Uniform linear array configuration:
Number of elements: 12
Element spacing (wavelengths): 0.25
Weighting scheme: cosine
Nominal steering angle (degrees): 15
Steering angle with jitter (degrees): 13.511
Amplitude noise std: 0.05
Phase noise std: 0.05

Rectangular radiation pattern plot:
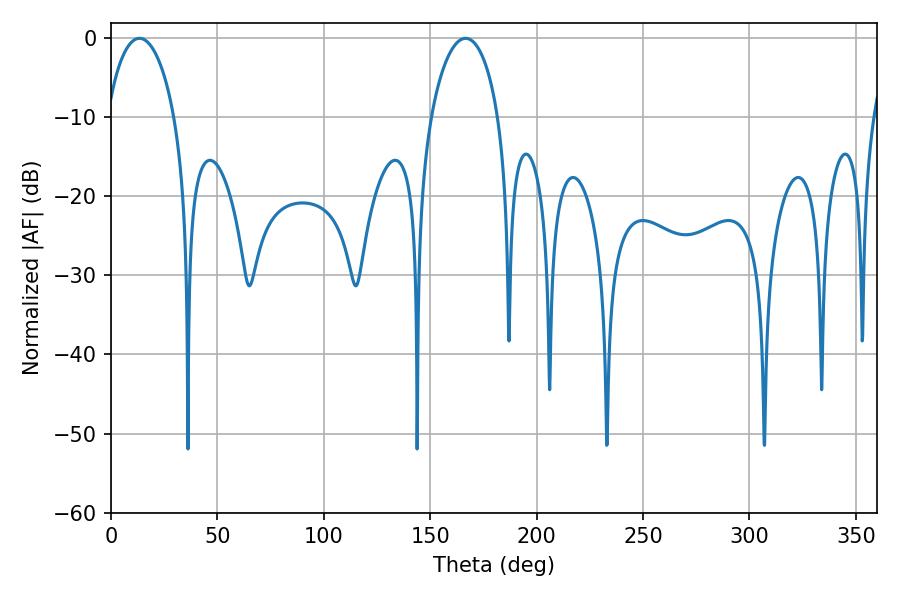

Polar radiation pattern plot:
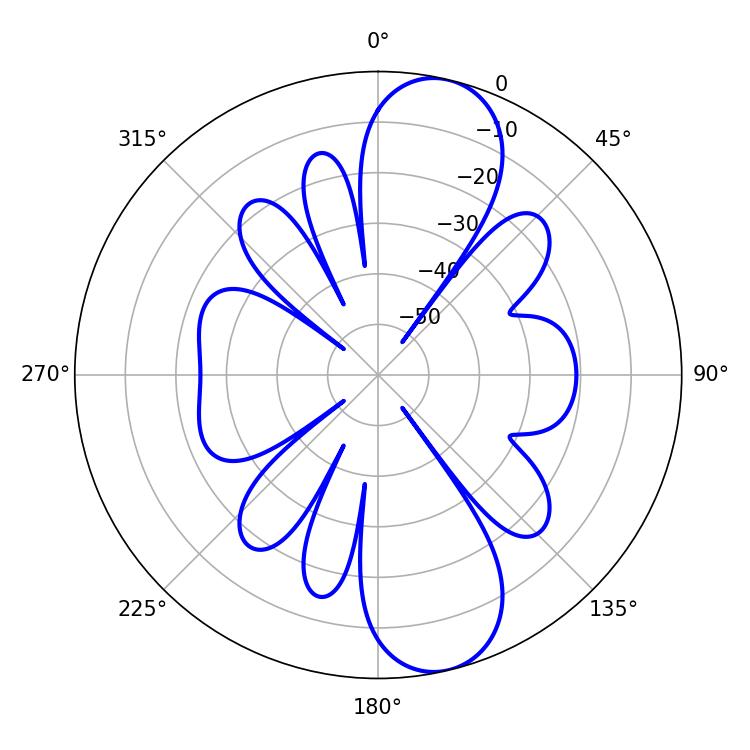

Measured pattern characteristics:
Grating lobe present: FALSE
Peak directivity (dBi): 11.052
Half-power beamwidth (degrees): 18.18
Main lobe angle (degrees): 13.32